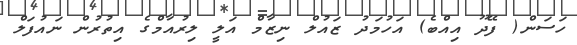
ހަސަން( ފޭދޫ އިއްބެ) އަހުމަދު ޒައުލް ނިޒާމް އަލީ ލިރުއާމްގެ އިތުރުން ނައުފަލް